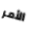
الأمر